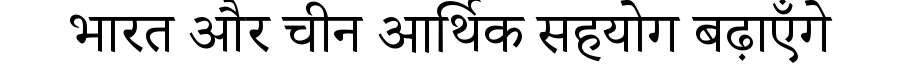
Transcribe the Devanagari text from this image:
भारत और चीन आर्थिक सहयोग बढ़ाएँगे